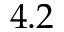
4 . 2